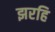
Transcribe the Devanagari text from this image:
झरहि